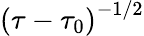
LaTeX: \left(\tau-\tau_{0}\right)^{-1/2}